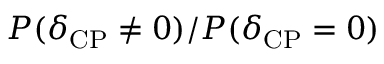
P ( \delta _ { \mathrm { C P } } \neq 0 ) / P ( \delta _ { \mathrm { C P } } = 0 )